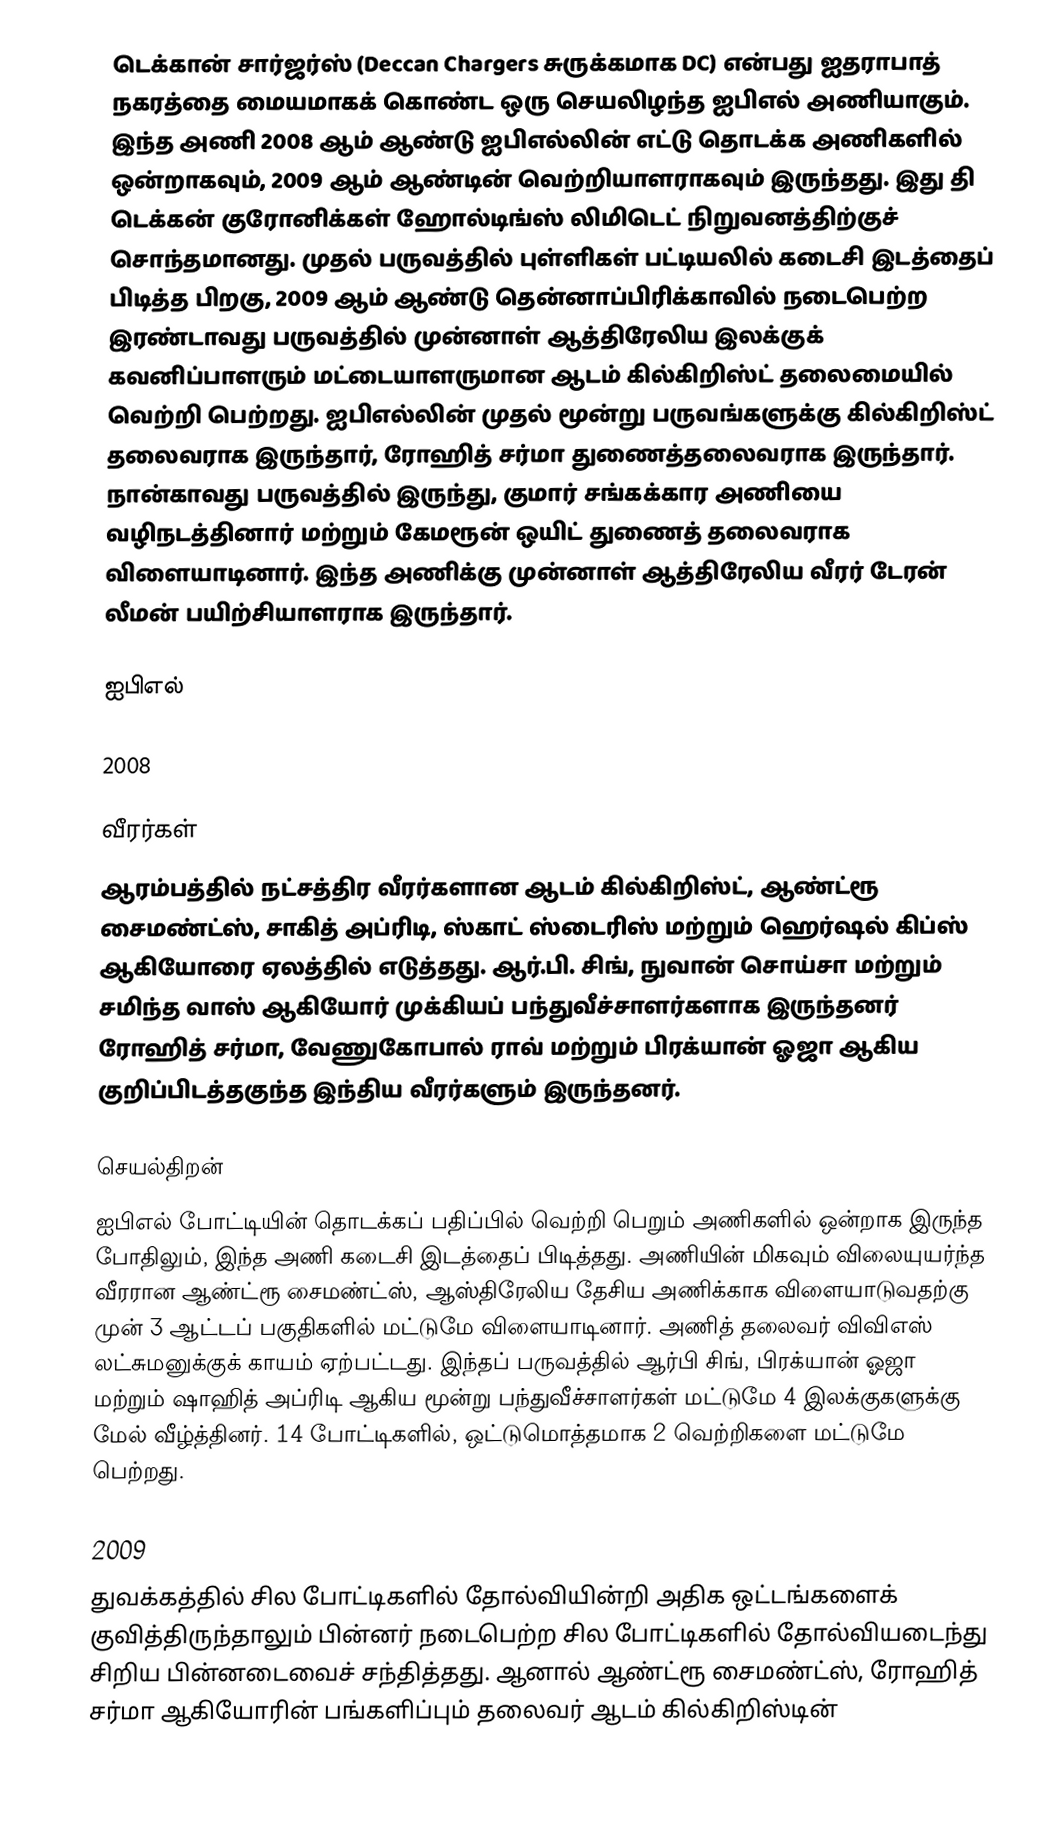
டெக்கான் சார்ஜர்ஸ் (Deccan Chargers சுருக்கமாக DC) என்பது ஐதராபாத் நகரத்தை மையமாகக் கொண்ட ஒரு செயலிழந்த ஐபிஎல் அணியாகும்.  இந்த அணி 2008 ஆம் ஆண்டு ஐபிஎல்லின் எட்டு தொடக்க அணிகளில் ஒன்றாகவும், 2009 ஆம் ஆண்டின் வெற்றியாளராகவும் இருந்தது. இது தி டெக்கன் குரோனிக்கள் ஹோல்டிங்ஸ் லிமிடெட் நிறுவனத்திற்குச் சொந்தமானது. முதல் பருவத்தில் புள்ளிகள் பட்டியலில் கடைசி இடத்தைப் பிடித்த பிறகு, 2009 ஆம் ஆண்டு தென்னாப்பிரிக்காவில் நடைபெற்ற இரண்டாவது பருவத்தில் முன்னாள் ஆத்திரேலிய இலக்குக் கவனிப்பாளரும் மட்டையாளருமான ஆடம் கில்கிறிஸ்ட் தலைமையில் வெற்றி பெற்றது. ஐபிஎல்லின் முதல் மூன்று பருவங்களுக்கு கில்கிறிஸ்ட் தலைவராக இருந்தார், ரோஹித் சர்மா துணைத்தலைவராக இருந்தார். நான்காவது பருவத்தில் இருந்து, குமார் சங்கக்கார அணியை வழிநடத்தினார் மற்றும் கேமரூன் ஒயிட் துணைத் தலைவராக விளையாடினார். இந்த அணிக்கு முன்னாள் ஆத்திரேலிய வீரர் டேரன் லீமன் பயிற்சியாளராக இருந்தார்.

ஐபிஎல்

2008

வீரர்கள்
ஆரம்பத்தில் நட்சத்திர வீரர்களான ஆடம் கில்கிறிஸ்ட், ஆண்ட்ரூ சைமண்ட்ஸ், சாகித் அப்ரிடி, ஸ்காட் ஸ்டைரிஸ் மற்றும் ஹெர்ஷல் கிப்ஸ் ஆகியோரை ஏலத்தில் எடுத்தது. ஆர்.பி. சிங், நுவான் சொய்சா மற்றும் சமிந்த வாஸ் ஆகியோர் முக்கியப் பந்துவீச்சாளர்களாக இருந்தனர் ரோஹித் சர்மா, வேணுகோபால் ராவ் மற்றும் பிரக்யான் ஓஜா ஆகிய குறிப்பிடத்தகுந்த இந்திய வீரர்களும் இருந்தனர்.

செயல்திறன்
ஐபிஎல் போட்டியின் தொடக்கப் பதிப்பில் வெற்றி பெறும் அணிகளில் ஒன்றாக இருந்த போதிலும், இந்த அணி கடைசி இடத்தைப் பிடித்தது. அணியின் மிகவும் விலையுயர்ந்த வீரரான ஆண்ட்ரூ சைமண்ட்ஸ், ஆஸ்திரேலிய தேசிய அணிக்காக விளையாடுவதற்கு முன் 3 ஆட்டப் பகுதிகளில் மட்டுமே விளையாடினார். அணித் தலைவர் விவிஎஸ் லட்சுமனுக்குக் காயம் ஏற்பட்டது. இந்தப் பருவத்தில் ஆர்பி சிங், பிரக்யான் ஓஜா மற்றும் ஷாஹித் அப்ரிடி ஆகிய மூன்று பந்துவீச்சாளர்கள் மட்டுமே 4 இலக்குகளுக்கு மேல் வீழ்த்தினர். 14 போட்டிகளில், ஒட்டுமொத்தமாக 2 வெற்றிகளை மட்டுமே பெற்றது.

2009
துவக்கத்தில் சில போட்டிகளில் தோல்வியின்றி அதிக ஒட்டங்களைக் குவித்திருந்தாலும் பின்னர் நடைபெற்ற சில போட்டிகளில் தோல்வியடைந்து சிறிய பின்னடைவைச் சந்தித்தது. ஆனால் ஆண்ட்ரூ சைமண்ட்ஸ், ரோஹித் சர்மா ஆகியோரின் பங்களிப்பும் தலைவர் ஆடம் கில்கிறிஸ்டின்